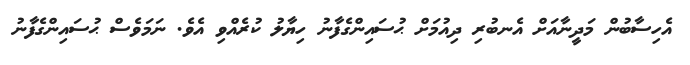
އެހިސާބުން މަދީނާއަށް އެނބުރި ދިއުމަށް ޙުސައިންގެފާނު ހިޔާލު ކުރެއްވި އެވެ. ނަމަވެސް ޙުސައިންގެފާނު